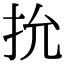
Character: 抁